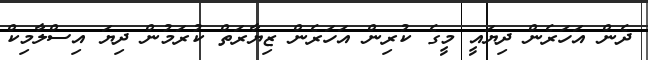
ދެން އަހަރެން ދިޔައީ މީގެ ކުރިން އަހަރެން ޒިޔާރަތް ކުރަމުން ދިޔަ އިސްލާމިކް